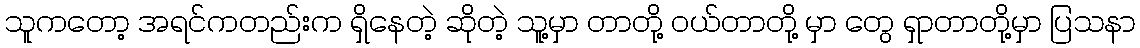
သူကတော့ အရင်ကတည်းက ရှိနေတဲ့ ဆိုတဲ့ သူ့မှာ တာတို့ ဝယ်တာတို့ မှာ တွေ ရှာတာတို့မှာ ပြသနာ